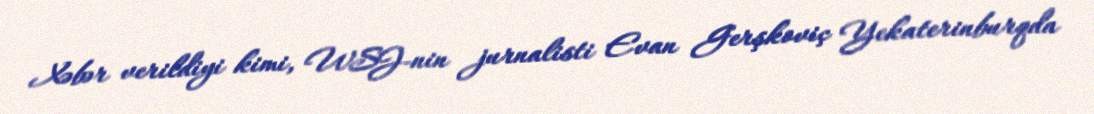
Xəbər verildiyi kimi, WSJ-nin jurnalisti Evan Gerşkoviç Yekaterinburqda